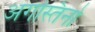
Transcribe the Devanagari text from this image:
अगस्तिनो